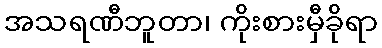
အသရဏီဘူတာ၊ ကိုးစားမှီခိုရာ